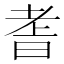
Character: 𮋝